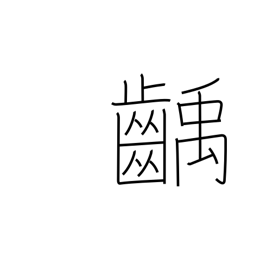
Meaning: decayed tooth